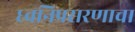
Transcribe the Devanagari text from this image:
ध्वनिप्रसरणाचा